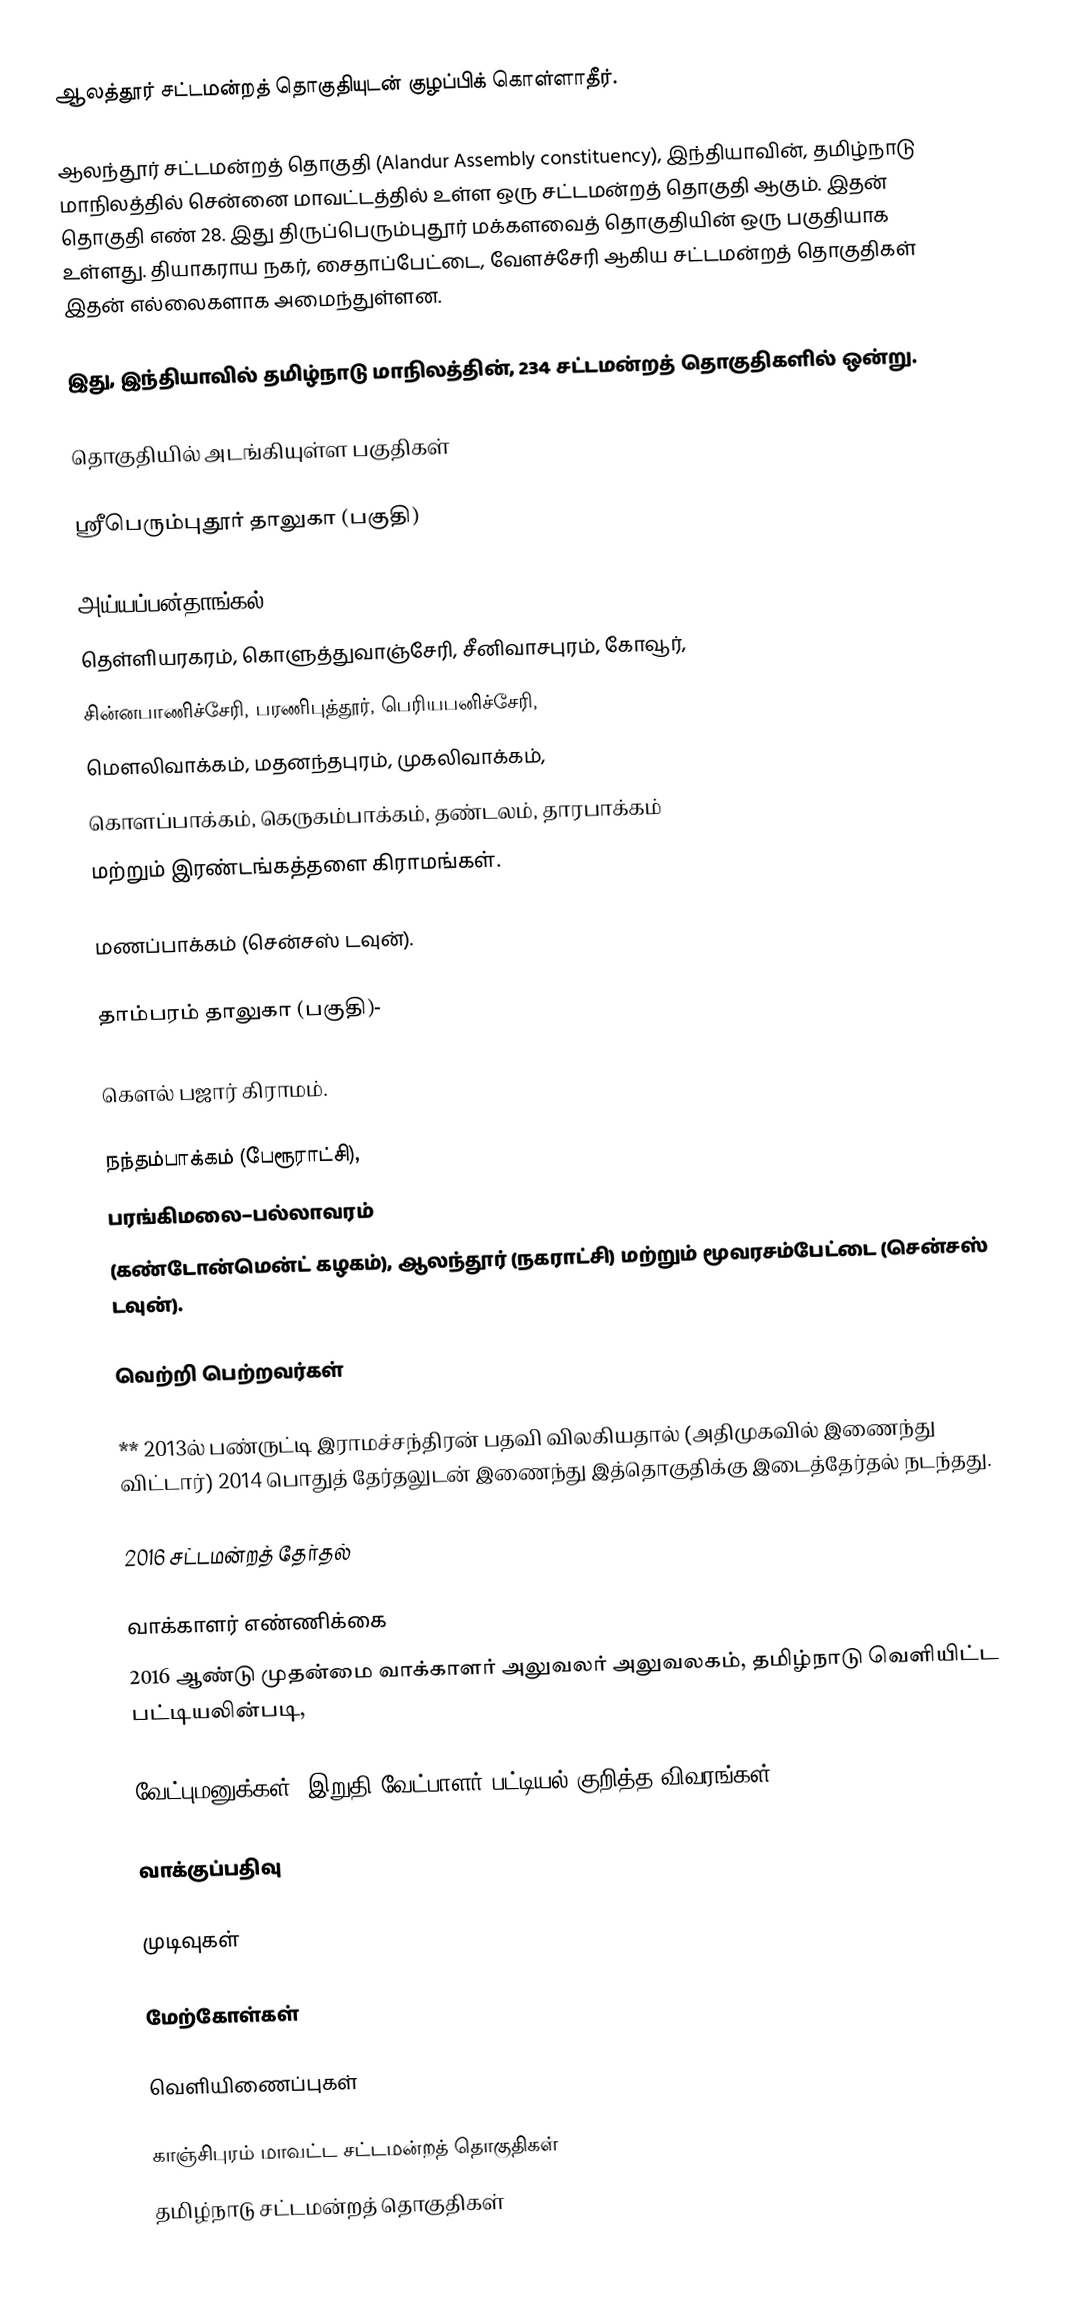
ஆலத்தூர் சட்டமன்றத் தொகுதியுடன் குழப்பிக் கொள்ளாதீர்.

ஆலந்தூர் சட்டமன்றத் தொகுதி (Alandur Assembly constituency), இந்தியாவின், தமிழ்நாடு மாநிலத்தில்  சென்னை  மாவட்டத்தில் உள்ள ஒரு சட்டமன்றத் தொகுதி ஆகும். இதன் தொகுதி எண் 28. இது திருப்பெரும்புதூர் மக்களவைத் தொகுதியின் ஒரு பகுதியாக உள்ளது. தியாகராய நகர், சைதாப்பேட்டை, வேளச்சேரி ஆகிய சட்டமன்றத் தொகுதிகள் இதன் எல்லைகளாக அமைந்துள்ளன.

இது, இந்தியாவில் தமிழ்நாடு மாநிலத்தின், 234 சட்டமன்றத் தொகுதிகளில் ஒன்று.

தொகுதியில் அடங்கியுள்ள பகுதிகள்

 ஸ்ரீபெரும்புதூர் தாலுகா (பகுதி)

அய்யப்பன்தாங்கல்,
தெள்ளியரகரம், கொளுத்துவாஞ்சேரி, சீனிவாசபுரம், கோவூர்,
சின்னபாணிச்சேரி, பரணிபுத்தூர், பெரியபனிச்சேரி,
மௌலிவாக்கம், மதனந்தபுரம், முகலிவாக்கம்,
கொளப்பாக்கம், கெருகம்பாக்கம், தண்டலம், தாரபாக்கம்
மற்றும் இரண்டங்கத்தளை கிராமங்கள்.

மணப்பாக்கம் (சென்சஸ் டவுன்).

 தாம்பரம் தாலுகா (பகுதி)-

கௌல் பஜார் கிராமம்.

நந்தம்பாக்கம் (பேரூராட்சி),
பரங்கிமலை–பல்லாவரம்
(கண்டோன்மென்ட் கழகம்), ஆலந்தூர் (நகராட்சி) மற்றும் மூவரசம்பேட்டை (சென்சஸ் டவுன்).

வெற்றி பெற்றவர்கள்

  ** 2013ல் பண்ருட்டி இராமச்சந்திரன் பதவி விலகியதால் (அதிமுகவில் இணைந்து விட்டார்) 2014 பொதுத் தேர்தலுடன் இணைந்து இத்தொகுதிக்கு இடைத்தேர்தல் நடந்தது.

2016 சட்டமன்றத் தேர்தல்

வாக்காளர் எண்ணிக்கை
2016 ஆண்டு முதன்மை வாக்காளர் அலுவலர் அலுவலகம், தமிழ்நாடு வெளியிட்ட பட்டியலின்படி,

வேட்புமனுக்கள், இறுதி வேட்பாளர் பட்டியல் குறித்த விவரங்கள்

வாக்குப்பதிவு

முடிவுகள்

மேற்கோள்கள்

வெளியிணைப்புகள்

காஞ்சிபுரம் மாவட்ட சட்டமன்றத் தொகுதிகள்
தமிழ்நாடு சட்டமன்றத் தொகுதிகள்